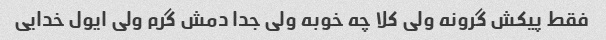
فقط پیکش گرونه ولی کلا چه خوبه ولی جدا دمش گرم ولی ایول خدایی